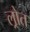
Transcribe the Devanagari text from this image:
ल्रोत